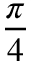
\frac { \pi } { 4 }